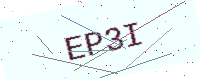
Text: EP3I